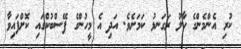
ކުރި އެންމެންގެ ހާލު ރަގަނޅު ކަމަށެވެ. އަދި އެ މީހުންގެ ފޭސްބުކްގައި ކޮށްފައިވާ